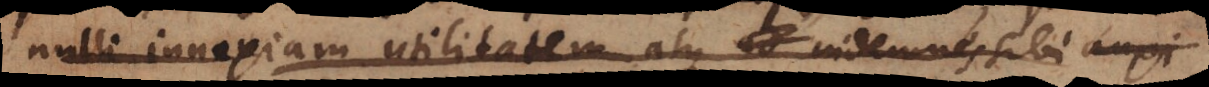
nulli innoxiam utilitatem atque indemnes sibi auxi